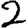
Digit: 2